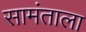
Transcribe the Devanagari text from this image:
सामंताला